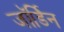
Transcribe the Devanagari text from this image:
जॉर्डिन